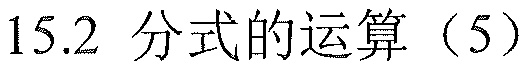
15.2 分式的运算（5）